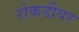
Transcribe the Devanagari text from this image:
रोकडीवर